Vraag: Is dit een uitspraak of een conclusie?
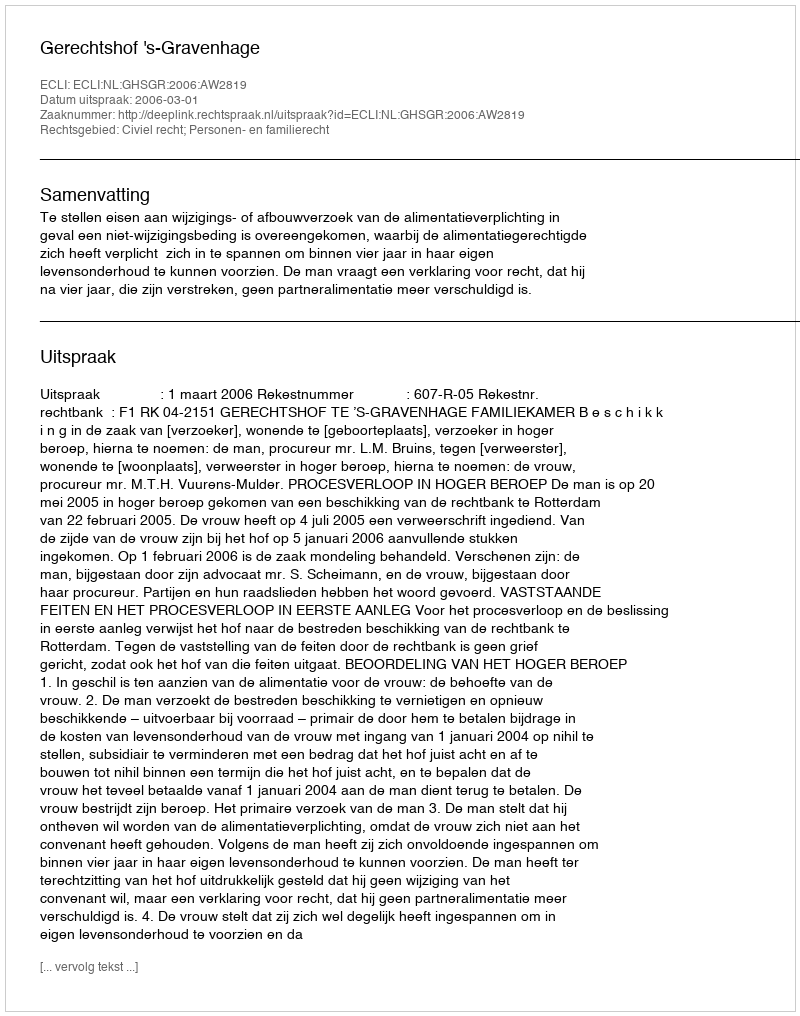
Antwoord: Uitspraak